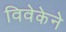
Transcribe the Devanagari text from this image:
विवेकेने